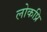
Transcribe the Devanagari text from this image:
लोकप्रि